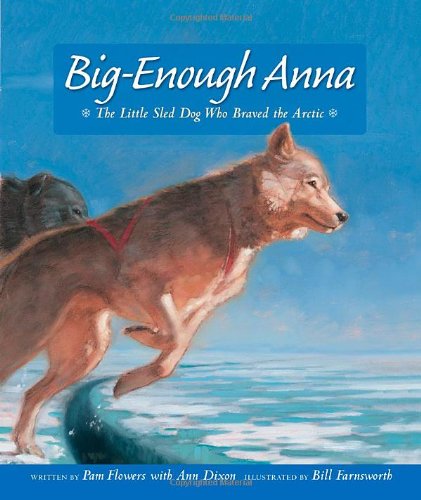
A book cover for Big-Enough Anna: The Little Sled Dog Who Braved Th; Pam Flowers; Sports & Outdoors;